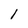
Character: l